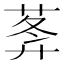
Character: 𦵝